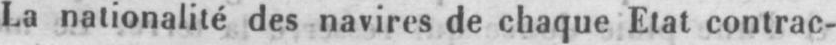
La nationalité des navires de chaque Etat contrac-